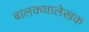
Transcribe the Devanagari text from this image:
बालकथालेखक